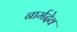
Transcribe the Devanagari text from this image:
नार्मदेव